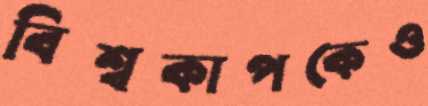
বিশ্বকাপকেও